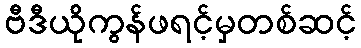
ဗီဒီယိုကွန်ဖရင့်မှတစ်ဆင့်